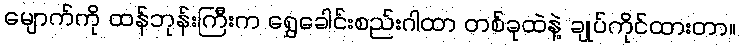
မျောက်ကို ထန်ဘုန်းကြီးက ရွှေခေါင်းစည်းဂါထာ တစ်ခုထဲနဲ့ ချုပ်ကိုင်ထားတာ။